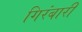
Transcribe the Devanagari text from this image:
गिरंबारी